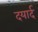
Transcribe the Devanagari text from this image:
दयार्द